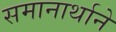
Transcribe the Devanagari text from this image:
समानार्थाने